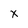
Character: x